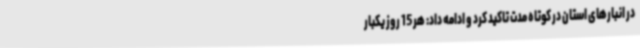
در انبارهای استان در کوتاه مدت تاکید کرد و ادامه داد: هر 15 روز یکبار